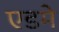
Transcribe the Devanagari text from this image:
एडमे